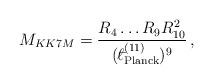
LaTeX: \begin{align*}M_{KK7M} = \frac{R_{4}\ldots R_{9} R_{10}^{2}}{({}^{-}\!\!\!\!\ell_{\rm Planck}^{(11)})^{9}}\, ,\end{align*}